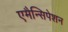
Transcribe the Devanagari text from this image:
एमैन्सिपेशन